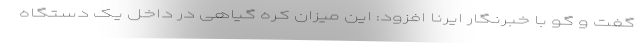
گفت و گو با خبرنگار ایرنا افزود: این میزان کره گیاهی در داخل یک دستگاه